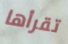
تقرأها